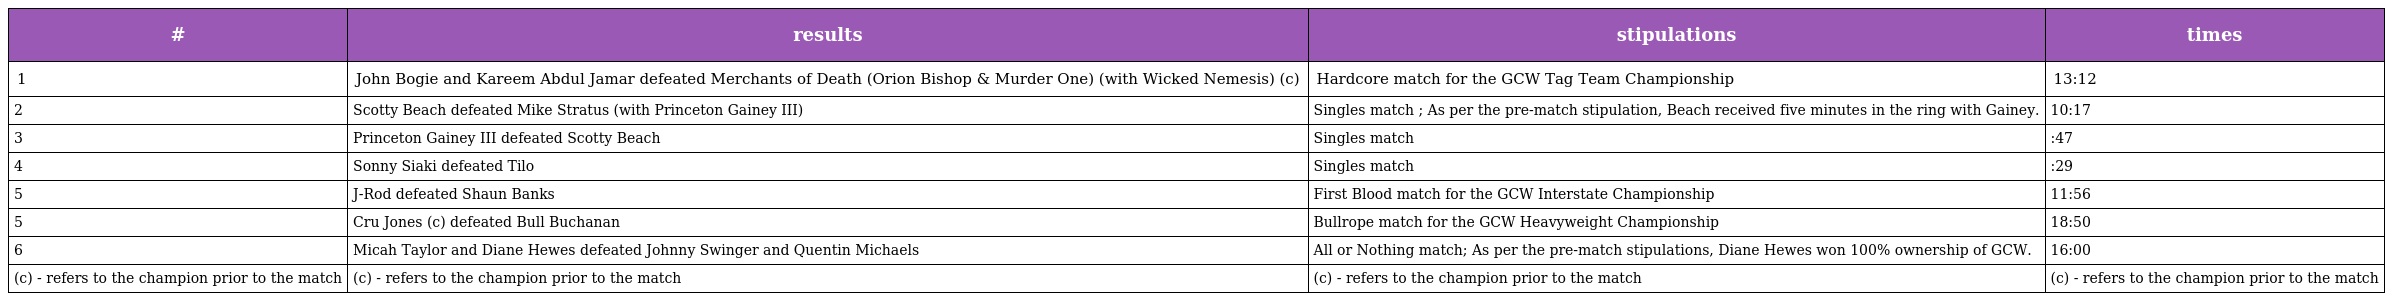
| # | results | stipulations | times |
 | --- | --- | --- | --- |
 | 1 | John Bogie and Kareem Abdul Jamar defeated Merchants of Death (Orion Bishop & Murder One) (with Wicked Nemesis) (c) | Hardcore match for the GCW Tag Team Championship | 13:12 |
 | 2 | Scotty Beach defeated Mike Stratus (with Princeton Gainey III) | Singles match ; As per the pre-match stipulation, Beach received five minutes in the ring with Gainey. | 10:17 |
 | 3 | Princeton Gainey III defeated Scotty Beach | Singles match | :47 |
 | 4 | Sonny Siaki defeated Tilo | Singles match | :29 |
 | 5 | J-Rod defeated Shaun Banks | First Blood match for the GCW Interstate Championship | 11:56 |
 | 5 | Cru Jones (c) defeated Bull Buchanan | Bullrope match for the GCW Heavyweight Championship | 18:50 |
 | 6 | Micah Taylor and Diane Hewes defeated Johnny Swinger and Quentin Michaels | All or Nothing match; As per the pre-match stipulations, Diane Hewes won 100% ownership of GCW. | 16:00 |
 | (c) - refers to the champion prior to the match | (c) - refers to the champion prior to the match | (c) - refers to the champion prior to the match | (c) - refers to the champion prior to the match |